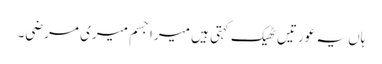
ہاں یہ عورتیں ٹھیک کہتی ہیں میرا جسم میری مرضی۔